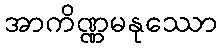
အာကိဏ္ဏမနုဿော